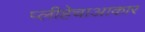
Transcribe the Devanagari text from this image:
प्लीहेचाआकार